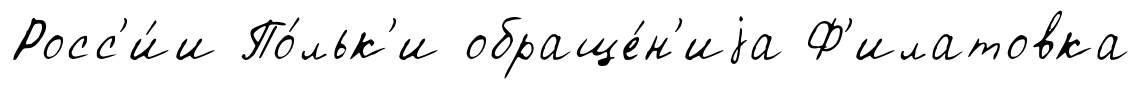
Росс'и́и По́льк'и обраще́н'иjа Ф'илатовка